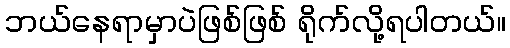
ဘယ်နေရာမှာပဲဖြစ်ဖြစ် ရိုက်လို့ရပါတယ်။